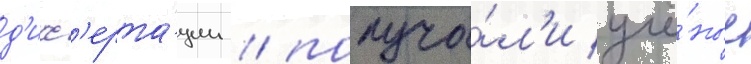
д'исс'ерта́ции / получа́л'и учё́ные